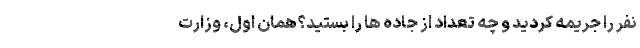
نفر را جریمه کردید و چه تعداد از جاده ها را بستید؟همان اول، وزارت